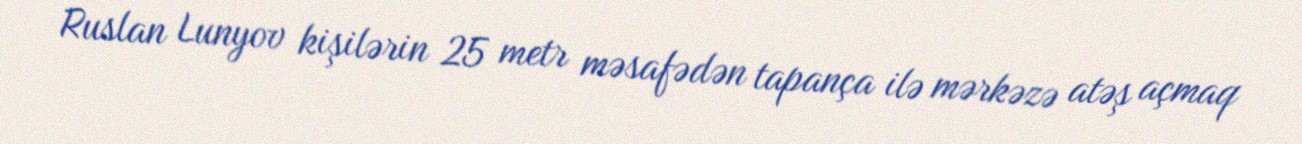
Ruslan Lunyov kişilərin 25 metr məsafədən tapança ilə mərkəzə atəş açmaq